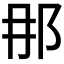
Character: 𨙻